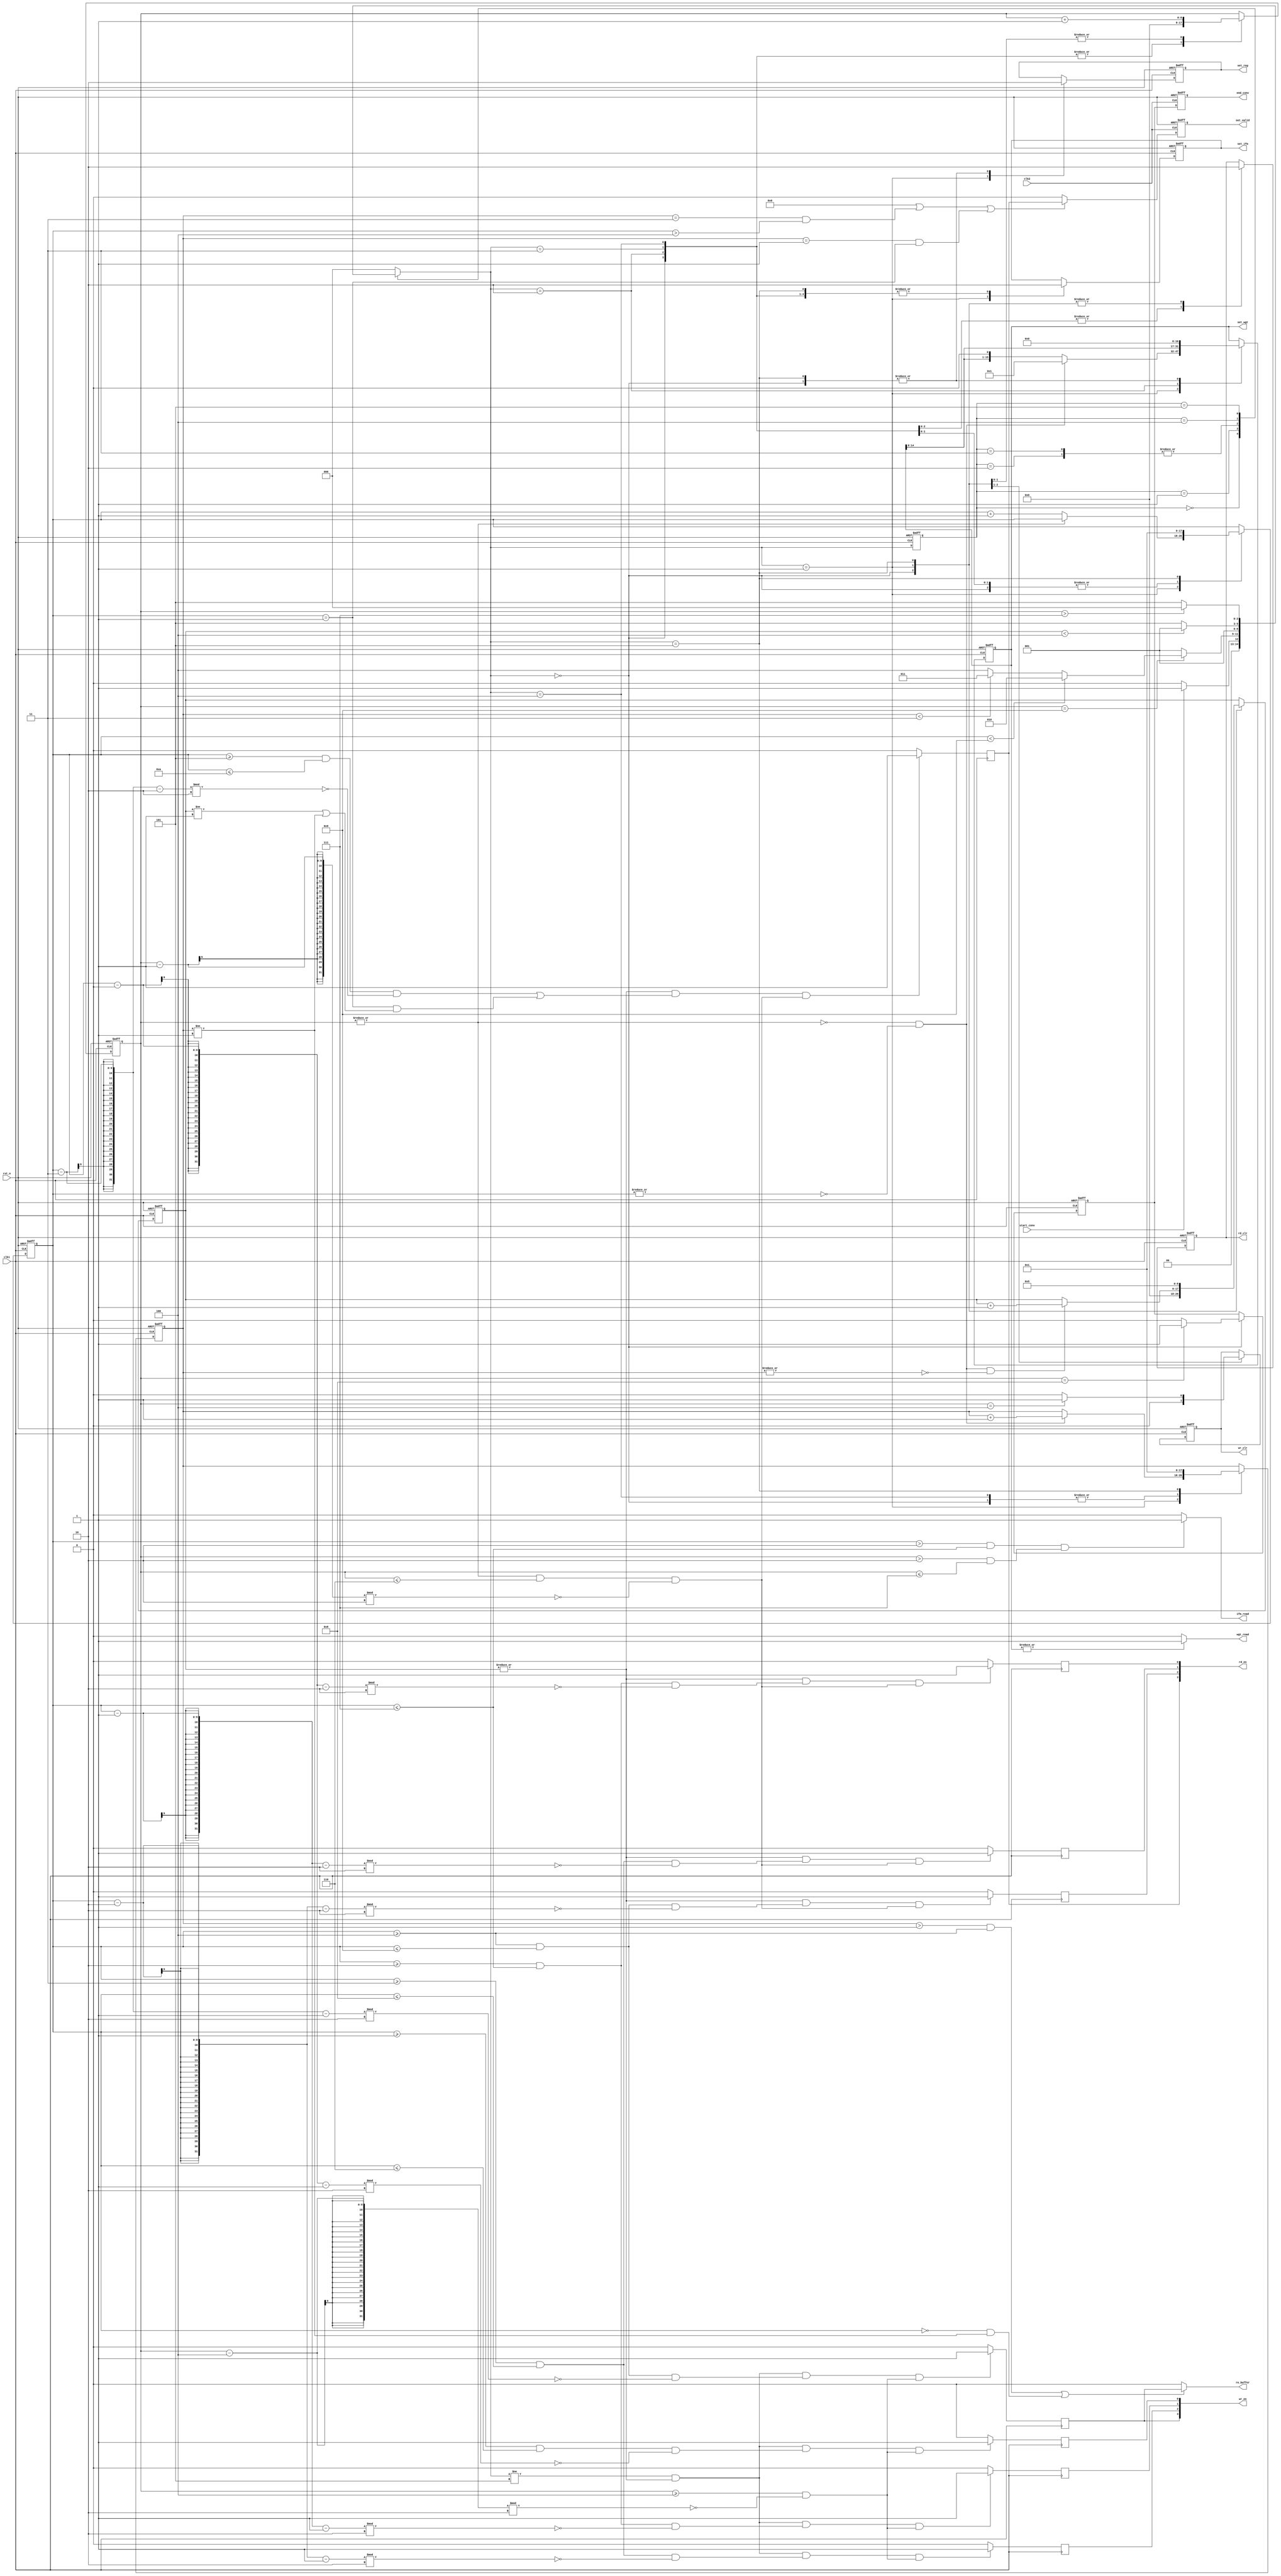
module CONTROL #(parameter KERNEL_SIZE = 4, IFM_SIZE = 9, PAD = 2, STRIDE = 2, CI = 3, CO = 4, POOLING = 0)(
  input clk1,
  input clk2,
  input rst_n,
  input start_conv,
  output wgt_read,
  output ifm_read,
  output re_buffer,
  output reg set_ifm,
  output reg rd_clr,
  output reg wr_clr,
  output reg out_valid,
  output reg set_reg,
  output reg end_conv,
  output reg [KERNEL_SIZE-1:0] rd_en,
  output reg [KERNEL_SIZE-1:0] wr_en,
  output reg [KERNEL_SIZE*KERNEL_SIZE-1:0] set_wgt
);

  reg [8:0] cnt_index;
  reg [8:0] cnt_line;
  reg [8:0] cnt_channel;
  reg [8:0] cnt_filter;

  reg [2:0] curr_state;
  reg [2:0] next_state;

  reg end_reg;

  parameter [2:0] 
    IDLE        = 3'b000,
    COMPUTE     = 3'b001,
    END_ROW     = 3'b010,
    END_CHANNEL = 3'b011,
    END_FILTER  = 3'b100,
    END_CONV    = 3'b101;

  always @(posedge clk1 or negedge rst_n)
  begin
    if (!rst_n)
      curr_state <= IDLE;
    else
      curr_state <= next_state;
  end

  always @(start_conv or cnt_index or cnt_line or cnt_channel)
  begin
    case (curr_state)
      IDLE:
      begin
        if (start_conv)
          next_state = COMPUTE;
        else
          next_state = IDLE;
      end
      COMPUTE:
      begin
        if (cnt_index == IFM_SIZE)
        begin
          if (cnt_line < IFM_SIZE)
            next_state = END_ROW;
          else
          begin
            if (cnt_channel < CI)
              next_state = END_CHANNEL;
            else
              next_state = END_FILTER;
          end
        end
        else
          next_state = COMPUTE;
      end
      END_ROW:
        next_state = COMPUTE;
      END_CHANNEL:
        next_state = COMPUTE;
      END_FILTER:
      begin
        if (cnt_filter < CO)
          next_state = COMPUTE;
        else
          next_state = END_CONV;
      end
      END_CONV:
        if (cnt_index > IFM_SIZE-KERNEL_SIZE+2)
          next_state = IDLE;
        else
          next_state = END_CONV;
      default:
        next_state = IDLE;
    endcase
  end

  genvar ii;
  generate
    for (ii = 0; ii < KERNEL_SIZE; ii = ii + 1) begin
      always @(posedge clk1) begin
        rd_en[ii] <= ((|cnt_filter) && ((cnt_line >= (ii+2) && cnt_line <= (IFM_SIZE-KERNEL_SIZE+ii+2) && ((cnt_line-ii-2)%STRIDE == 0)) || (ii == KERNEL_SIZE-1 && cnt_line == 1 && (cnt_filter != 1 || cnt_channel != 1))) && (|cnt_index && cnt_index <= IFM_SIZE-KERNEL_SIZE+1 && ((cnt_index-1)%STRIDE == 0))) ? 1 : 0;
        wr_en[ii] <= ((next_state != END_CONV) && (|cnt_filter) && (cnt_line >= (ii+1) && cnt_line <= (IFM_SIZE-KERNEL_SIZE+ii+1) && ((cnt_line-ii-1)%STRIDE == 0)) && (cnt_index >= KERNEL_SIZE && ((cnt_index-KERNEL_SIZE)%STRIDE == 0)))? 1 : 0;
      end
    end
  endgenerate

  always @(posedge clk1 or negedge rst_n)
  begin
    if (!rst_n)
    begin
      cnt_index   <= 0;
      cnt_line    <= 0;
      cnt_channel <= 0;
      cnt_filter  <= 0;
      set_reg     <= 0;
      set_wgt     <= 0;
      end_reg     <= 0;
      rd_clr      <= 0;
      wr_clr      <= 0;
      set_ifm     <= 0;
    end 
    else
    begin
      case (next_state)
        IDLE:
        begin
          cnt_index   <= 0;
          cnt_line    <= 0;
          cnt_channel <= 0;
          cnt_filter  <= 0;
          set_reg     <= 0;
          set_wgt     <= 0;
          rd_clr      <= 0;
          wr_clr      <= 0;
          set_ifm     <= 0;
          end_reg     <= (cnt_index == IFM_SIZE-KERNEL_SIZE+3) ? 1 : 0;
        end
        COMPUTE:
        begin
          cnt_index   <= cnt_index + 1;
          cnt_line    <= (|cnt_index == 1'b0)? cnt_line + 1:cnt_line;
          cnt_channel <= (|cnt_index == 1'b0 && |cnt_line == 1'b0)? cnt_channel + 1:cnt_channel;
          cnt_filter  <= (|cnt_index == 1'b0 && |cnt_line == 1'b0 && |cnt_channel == 1'b0)? cnt_filter + 1:cnt_filter;
          set_reg     <= 1;
          set_wgt     <= (|cnt_index == 1'b0 && |cnt_line == 1'b0)? 1 : (set_wgt << 1);
          rd_clr      <= 0;
          wr_clr      <= (cnt_index == KERNEL_SIZE)? 1 : 0;
          set_ifm     <= 1;
        end
        END_ROW:
        begin
          cnt_index   <= 0;
          rd_clr      <= 1;
          set_wgt     <= set_wgt << 1;
          set_ifm     <= 0;
        end
        END_CHANNEL:
        begin
          cnt_index   <= 0;
          cnt_line    <= 0;
          rd_clr      <= 1;
          set_ifm     <= 0;
        end
        END_FILTER:
        begin
          cnt_index   <= 0;
          cnt_line    <= 0;
          cnt_channel <= 0;
          rd_clr      <= 1;
          set_ifm     <= 0;
        end
        END_CONV:
        begin
          cnt_index   <= cnt_index + 1;
          cnt_line    <= 1;
          cnt_channel <= 1;
          cnt_filter  <= CO + 1;
          set_reg     <= 0;
          set_wgt     <= 0;
          set_ifm     <= 0;
          rd_clr      <= 0;
        end
        default:
        begin
          cnt_index   <= cnt_index;
          cnt_line    <= cnt_line;
          cnt_channel <= cnt_channel;
          cnt_filter  <= cnt_filter;
          set_reg     <= set_reg;
          set_ifm     <= set_ifm;
          set_wgt     <= set_wgt;
          end_reg     <= end_reg;
          wr_clr      <= wr_clr;
          rd_clr      <= rd_clr;
        end
      endcase
    end
  end

  always @(posedge clk2 or negedge rst_n)
  begin
    if (!rst_n)
    begin
      out_valid <= 0;
      end_conv  <= 0;
    end
    else begin
      if (POOLING || (cnt_channel == CI && cnt_line > KERNEL_SIZE) || (cnt_channel == 1 && cnt_line == 1))
        out_valid <= rd_en[KERNEL_SIZE-1];
      else
        out_valid <= 0;
      end_conv  <= end_reg;
    end
  end

  assign re_buffer = ((cnt_channel > 1 && cnt_line >= KERNEL_SIZE) || (cnt_line == 0 && cnt_channel != 1)) ? wr_en[KERNEL_SIZE-1] : 0;
  assign ifm_read = ((cnt_line > PAD && cnt_line <= IFM_SIZE-PAD) && (cnt_index > PAD && cnt_index <= IFM_SIZE-PAD)) ? 1 : 0;
  assign wgt_read = (|set_wgt) ? 1 : 0;

endmodule